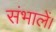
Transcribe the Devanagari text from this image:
संभालें।